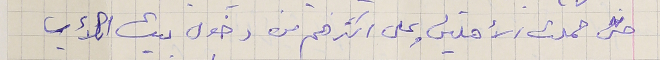
حتى حملت الأهلين وعلى اكثرهم من دخول بيت الأب